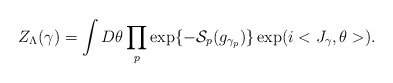
\begin{align*}Z_{\Lambda}(\gamma ) = \int D\theta \prod_p \exp\{-{\cal S}_{p}(g_{\gamma_{p}}) \}\exp (i<J_\gamma,\theta >).\end{align*}